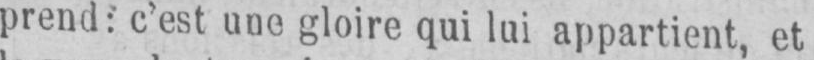
prend: c’est une gloire qui lui appartient, et